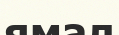
ямал